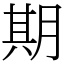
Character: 期